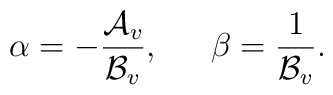
\alpha = -{ {\cal A}_v \over {\cal B}_v}, \,\,\,\,\,\,\,\,\, \beta={1 \over {\cal B}_v}.